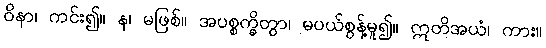
ဝိနာ၊ ကင်း၍။ န၊ မဖြစ်။ အပစ္စက္ခိတွာ၊ မပယ်စွန့်မူ၍။ ဣတိအယံ၊ ကား။